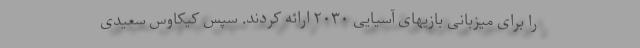
را برای میزبانی بازیهای آسیایی ۲۰۳۰ ارائه کردند. سپس کیکاوس سعیدی